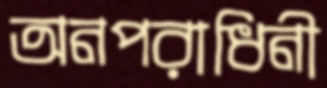
অনপরাধিনী